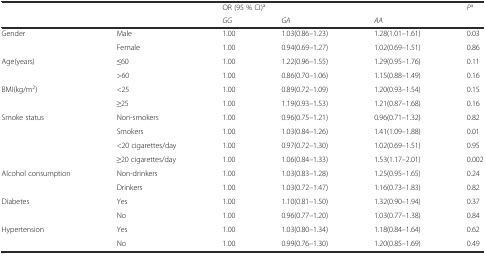
<table><thead><tr><td rowspan="2"></td><td rowspan="2"></td><td colspan="3"><b>OR (95 % CI)<sup>a</sup></b></td><td rowspan="2"><b><i>P</i><sup>a</sup></b></td></tr><tr><td><b><i>GG</i></b></td><td><b><i>GA</i></b></td><td><b><i>AA</i></b></td></tr></thead><tbody><tr><td>Gender</td><td>Male</td><td>1.00</td><td>1.03(0.86–1.23)</td><td>1.28(1.01–1.61)</td><td>0.03</td></tr><tr><td></td><td>Female</td><td>1.00</td><td>0.94(0.69–1.27)</td><td>1.02(0.69–1.51)</td><td>0.86</td></tr><tr><td rowspan="2">Age(years)</td><td>≤60</td><td>1.00</td><td>1.22(0.96–1.55)</td><td>1.29(0.95–1.76)</td><td>0.11</td></tr><tr><td>&gt;60</td><td>1.00</td><td>0.86(0.70–1.06)</td><td>1.15(0.88–1.49)</td><td>0.16</td></tr><tr><td rowspan="2">BMI(kg/m<sup>2</sup>)</td><td>&lt;25</td><td>1.00</td><td>0.89(0.72–1.09)</td><td>1.20(0.93–1.54)</td><td>0.15</td></tr><tr><td>≥25</td><td>1.00</td><td>1.19(0.93–1.53)</td><td>1.21(0.87–1.68)</td><td>0.16</td></tr><tr><td rowspan="4">Smoke status</td><td>Non-smokers</td><td>1.00</td><td>0.96(0.75–1.21)</td><td>0.96(0.71–1.32)</td><td>0.82</td></tr><tr><td>Smokers</td><td>1.00</td><td>1.03(0.84–1.26)</td><td>1.41(1.09–1.88)</td><td>0.01</td></tr><tr><td>&lt;20 cigarettes/day</td><td>1.00</td><td>0.97(0.72–1.30)</td><td>1.02(0.69–1.51)</td><td>0.95</td></tr><tr><td>≥20 cigarettes/day</td><td>1.00</td><td>1.06(0.84–1.33)</td><td>1.53(1.17–2.01)</td><td>0.002</td></tr><tr><td rowspan="2">Alcohol consumption</td><td>Non-drinkers</td><td>1.00</td><td>1.03(0.83–1.28)</td><td>1.25(0.95–1.65)</td><td>0.24</td></tr><tr><td>Drinkers</td><td>1.00</td><td>1.03(0.72–1.47)</td><td>1.16(0.73–1.83)</td><td>0.82</td></tr><tr><td rowspan="2">Diabetes</td><td>Yes</td><td>1.00</td><td>1.10(0.81–1.50)</td><td>1.32(0.90–1.94)</td><td>0.37</td></tr><tr><td>No</td><td>1.00</td><td>0.96(0.77–1.20)</td><td>1.03(0.77–1.38)</td><td>0.84</td></tr><tr><td rowspan="2">Hypertension</td><td>Yes</td><td>1.00</td><td>1.03(0.80–1.34)</td><td>1.18(0.84–1.64)</td><td>0.62</td></tr><tr><td>No</td><td>1.00</td><td>0.99(0.76–1.30)</td><td>1.20(0.85–1.69)</td><td>0.49</td></tr></tbody></table>